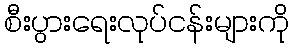
စီးပွားရေးလုပ်ငန်းများကို